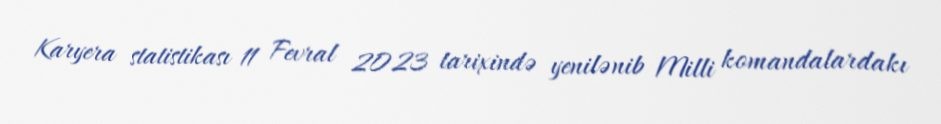
Karyera statistikası 11 Fevral 2023 tarixində yenilənib Milli komandalardakı